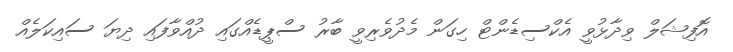
އޮފިޝަލް ވިދާޅުވީ އެކްސިޑެންޓް ހިގަން މެދުވެރިވީ ބާރު ސްޕީޑެއްގައި ދުއްވާފައި ދިޔަ ސައިކަލެއް